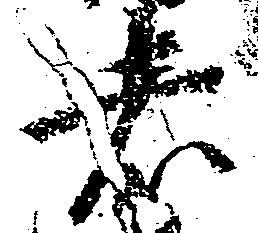
者